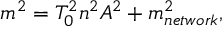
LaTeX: m ^ { 2 } = T _ { 0 } ^ { 2 } n ^ { 2 } A ^ { 2 } + m _ { n e t w o r k } ^ { 2 } ,